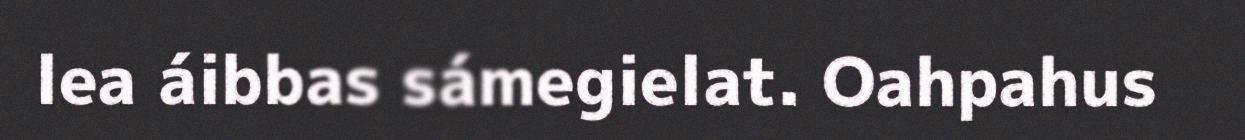
lea áibbas sámegielat. Oahpahus